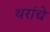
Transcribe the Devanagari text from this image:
थरांचे